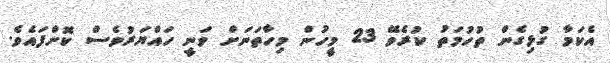
އެކަމާ ގުޅިގެން ތުހުމަތު ކުރެވޭ 23 މީހުން މިހާތަނަށް ވަނީ ހައްޔަރުވެސް ކޮށްފައެވެ.